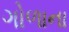
ગોળાના